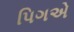
પિગએ